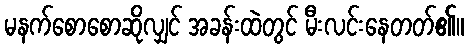
မနက်စောစောဆိုလျှင် အခန်းထဲတွင် မီးလင်းနေတတ်၏။